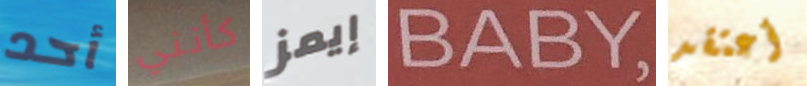
أحد كأنني إيمز BABY أعتقد